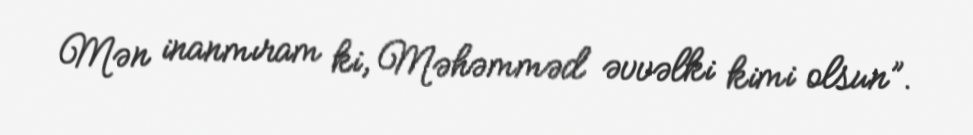
Mən inanmıram ki, Məhəmməd əvvəlki kimi olsun”.